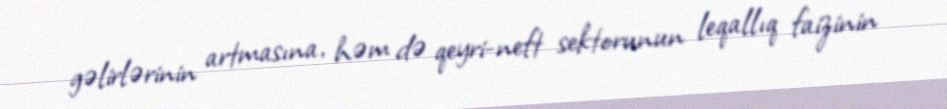
gəlirlərinin artmasına, həm də qeyri-neft sektorunun leqallıq faizinin